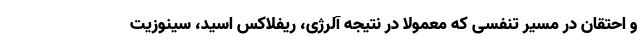
و احتقان در مسیر تنفسی که معمولا در نتیجه آلرژی، ریفلاکس اسید، سینوزیت